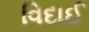
વિદાઈ